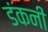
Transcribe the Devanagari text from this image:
डंकनी